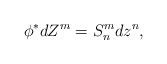
LaTeX: \begin{align*}\phi^{*}dZ^{m}=S^{m}_{n}dz^{n},\end{align*}